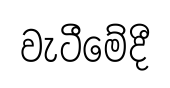
වැටීමේදී